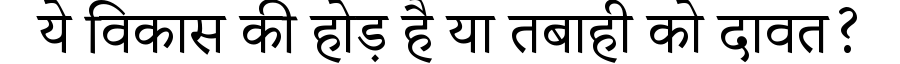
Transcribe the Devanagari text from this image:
ये विकास की होड़ है या तबाही को दावत?